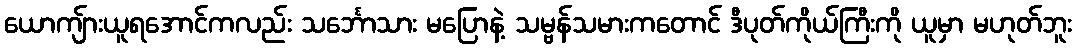
ယောကျ်ားယူရအောင်ကလည်း သင်္ဘောသား မပြောနဲ့ သမ္ဗန်သမားကတောင် ဒီပုတ်ကိုယ်ကြီးကို ယူမှာ မဟုတ်ဘူး